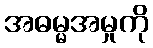
အဓမ္မအမှုကို